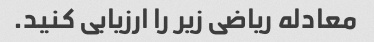
معادله ریاضی زیر را ارزیابی کنید.